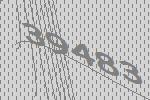
39483